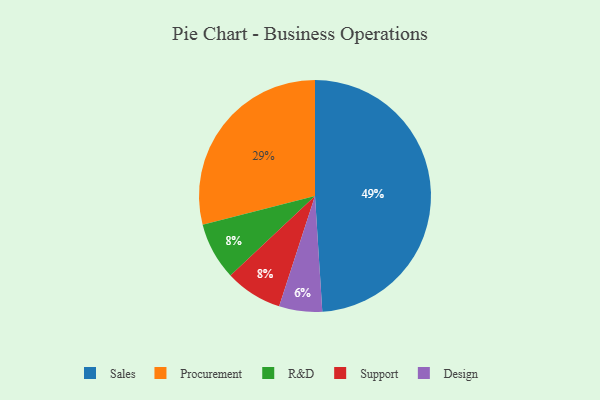
{"axis": {"x": "Category", "y": "Percentage"}, "legend": ["Design", "Procurement", "R&D", "Sales", "Support"], "data": [{"x": "Sales", "y": 49, "type": "Sales"}, {"x": "R&D", "y": 8, "type": "R&D"}, {"x": "Design", "y": 6, "type": "Design"}, {"x": "Procurement", "y": 29, "type": "Procurement"}, {"x": "Support", "y": 8, "type": "Support"}]}